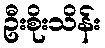
ဦးစိုးသိန်း